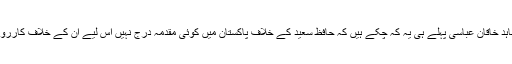
پااکستان کے وزیر اعظم شاہد خاقان عباسی پہلے ہی یہ کہ چکے ہیں کہ حافظ سعید کے خلاف پاکستان میں کوئی مقدمہ درج نہیں اس لیے ان کے خلاف کارروائی بھی نہیں ہو سکتی ہے۔